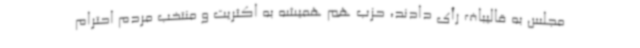
مجلس به قالیباف رأی دادند، حزب هم همیشه به اکثریت و منتخب مردم احترام